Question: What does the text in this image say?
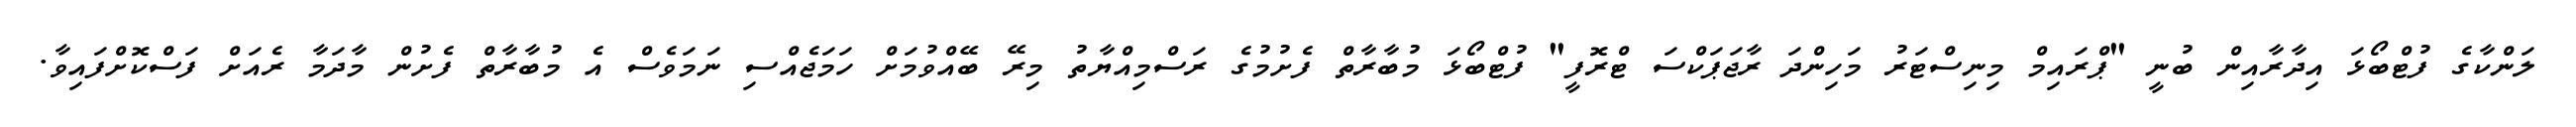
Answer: ލަންކާގެ ފުޓްބޯޅަ އިދާރާއިން ބުނީ "ޕްރައިމް މިނިސްޓަރު މަހިންދަ ރާޖަޕަކްސަ ޓްރޮފީ" ފުޓްބޯޅަ މުބާރާތް ފެށުމުގެ ރަސްމިއްޔާތު މިރޭ ބޭއްވުމަށް ހަމަޖެއްސި ނަމަވެސް އެ މުބާރާތް ފެށުން މާދަމާ ރެއަށް ފަސްކޮށްފައިވާ.